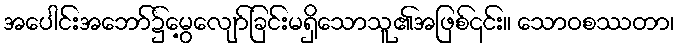
အပေါင်းအဘော်၌မွေ့လျော်ခြင်းမရှိသောသူ၏အဖြစ်၎င်း။ သောဝစဿတာ၊